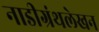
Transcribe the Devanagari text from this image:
नाडीग्रंथलेखन